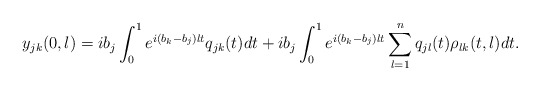
\begin{align*} y_{jk}(0,\l) = i b_j \int_{0}^1 e^{i (b_k-b_j) \l t} q_{jk}(t) dt + i b_j \int_0^1 e^{i (b_k-b_j) \l t} \sum_{l=1}^n q_{jl}(t)\rho_{lk}(t,\l)dt.\end{align*}